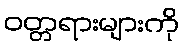
ဝတ္တရားများကို